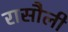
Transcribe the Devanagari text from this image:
रासौली